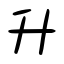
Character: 升